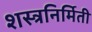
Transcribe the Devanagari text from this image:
शस्त्रनिर्मिती